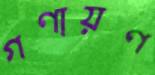
গণায়ণ